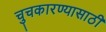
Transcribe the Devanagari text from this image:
चुचकारण्यासाठी